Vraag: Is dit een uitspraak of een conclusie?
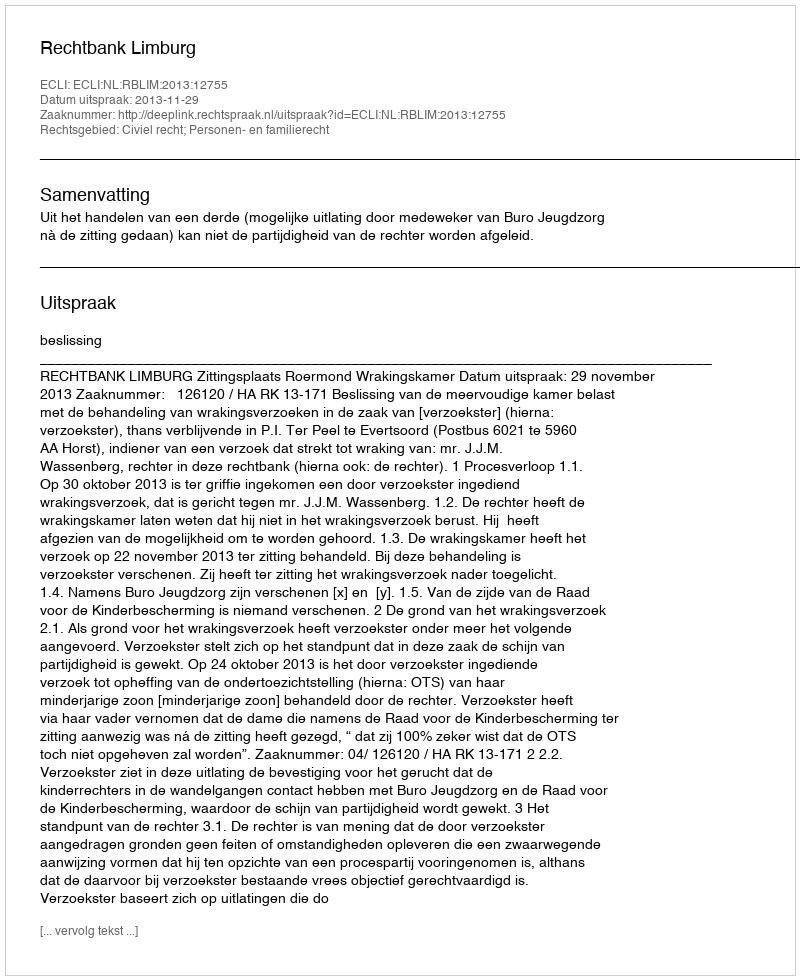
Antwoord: Uitspraak